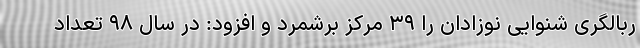
ربالگری شنوایی نوزادان را ۳۹ مرکز برشمرد و افزود: در سال ۹۸ تعداد